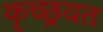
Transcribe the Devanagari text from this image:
कृच्छ्रवत